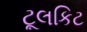
ટૂલકિટ